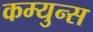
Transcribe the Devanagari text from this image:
कम्युन्स